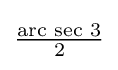
{\tfrac {{\text{arc sec }}3}{2}}